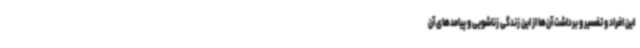
این افراد و تفسیر و برداشت آن‌ها از این زندگی زناشویی و پیامدهای آن